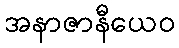
အနာဇာနီယေဝ